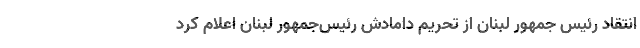
انتقاد رئیس جمهور لبنان از تحریم دامادش رئیس‌جمهور لبنان اعلام کرد